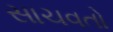
સાચવતો